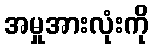
အမှုအားလုံးကို